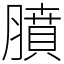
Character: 膹